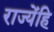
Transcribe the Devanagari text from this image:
राज्येंहि